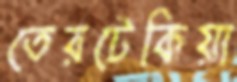
তেরটেকিয়া